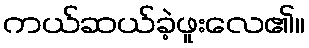
ကယ်ဆယ်ခဲ့ဖူးလေ၏။